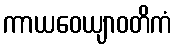
ကာယဝေယျာဝတိကံ